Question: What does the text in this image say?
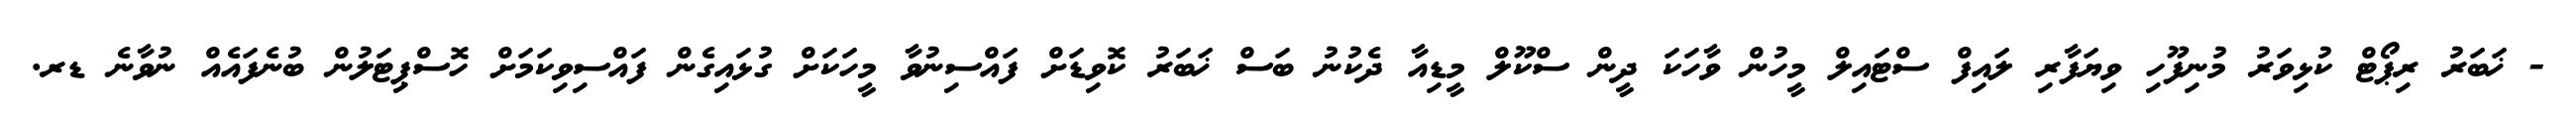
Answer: - ޚަބަރު ރިޕޯޓް ކުޅިވަރު މުނިފޫހި ވިޔަފާރި ލައިފް ސްޓައިލް މީހުން ވާހަކަ ދީން ސްކޫލް މީޑިއާ ދެކުނު ބަސް ޚަބަރު ކޮވިޑަށް ފައްސިނުވާ މީހަކަށް ގުޅައިގެން ފައްސިވިކަމަށް ހޮސްޕިޓަލުން ބުނެފައެއް ނުވާނެ ޑރ.